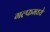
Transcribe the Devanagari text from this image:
गल्फमध्ये